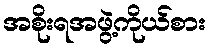
အစိုးရအဖွဲ့ကိုယ်စား